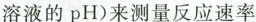
溶液的pH)来测量反应速率